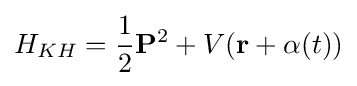
H_{KH}={\frac {1}{2}}\mathbf {P} ^{2}+V(\mathbf {r} +\mathbf {\alpha } (t))